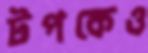
টপকেও